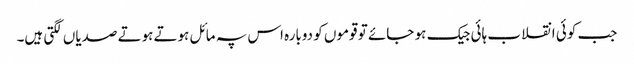
جب کوئی انقلاب ہائی جیک ہو جائے تو قوموں کو دوبارہ اس پہ مائل ہوتے ہوتے صدیاں لگتی ہیں۔